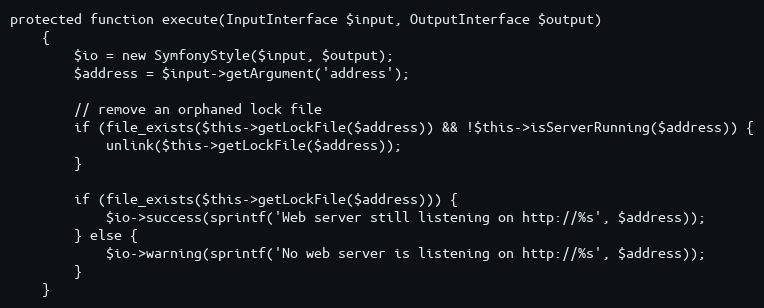
Language: PHP
protected function execute(InputInterface $input, OutputInterface $output)
    {
        $io = new SymfonyStyle($input, $output);
        $address = $input->getArgument('address');

        // remove an orphaned lock file
        if (file_exists($this->getLockFile($address)) && !$this->isServerRunning($address)) {
            unlink($this->getLockFile($address));
        }

        if (file_exists($this->getLockFile($address))) {
            $io->success(sprintf('Web server still listening on http://%s', $address));
        } else {
            $io->warning(sprintf('No web server is listening on http://%s', $address));
        }
    }